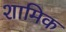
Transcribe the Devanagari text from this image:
शामिक